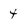
Character: 4